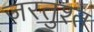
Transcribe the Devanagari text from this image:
जरतुश्त